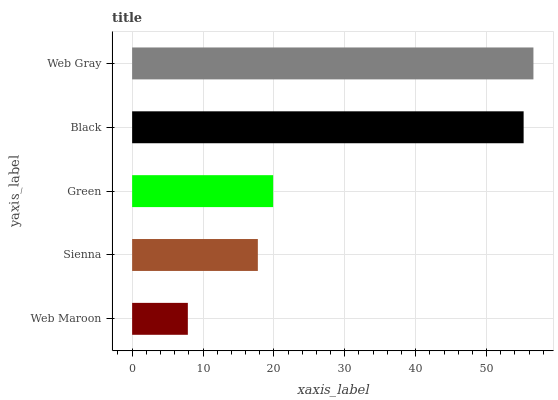
| yaxis_label | bars |
 | --- | --- |
 | Web Maroon | 7.86 |
 | Sienna | 17.7 |
 | Green | 19.9 |
 | Black | 55.2 |
 | Web Gray | 56.6 |